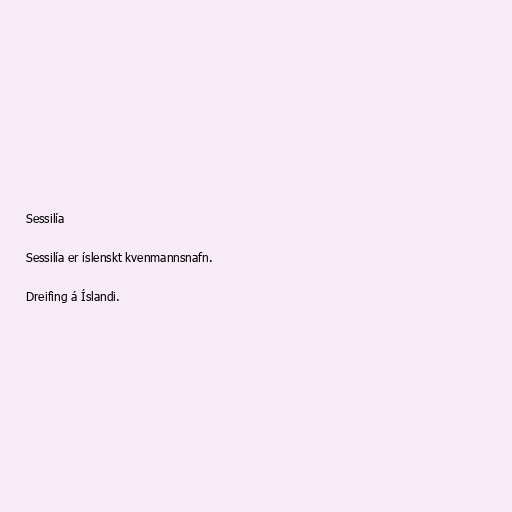
Sessilía

Sessilía er íslenskt kvenmannsnafn.

Dreifing á Íslandi.